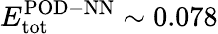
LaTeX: E_{\mathrm{tot}}^{\mathrm{POD-NN}}\sim 0.078